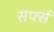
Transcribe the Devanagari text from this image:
सर्फ्स